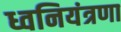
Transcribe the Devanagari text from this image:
ध्वनियंत्रणा